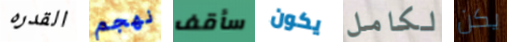
القدره نهجم سأقف يكون لكامل يكن